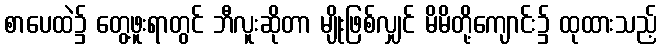
စာပေထဲ၌ တွေ့ဖူးရာတွင် ဘီလူးဆိုတာ မျိုးဖြစ်လျှင် မိမိတို့ကျောင်း၌ ထုထားသည့်